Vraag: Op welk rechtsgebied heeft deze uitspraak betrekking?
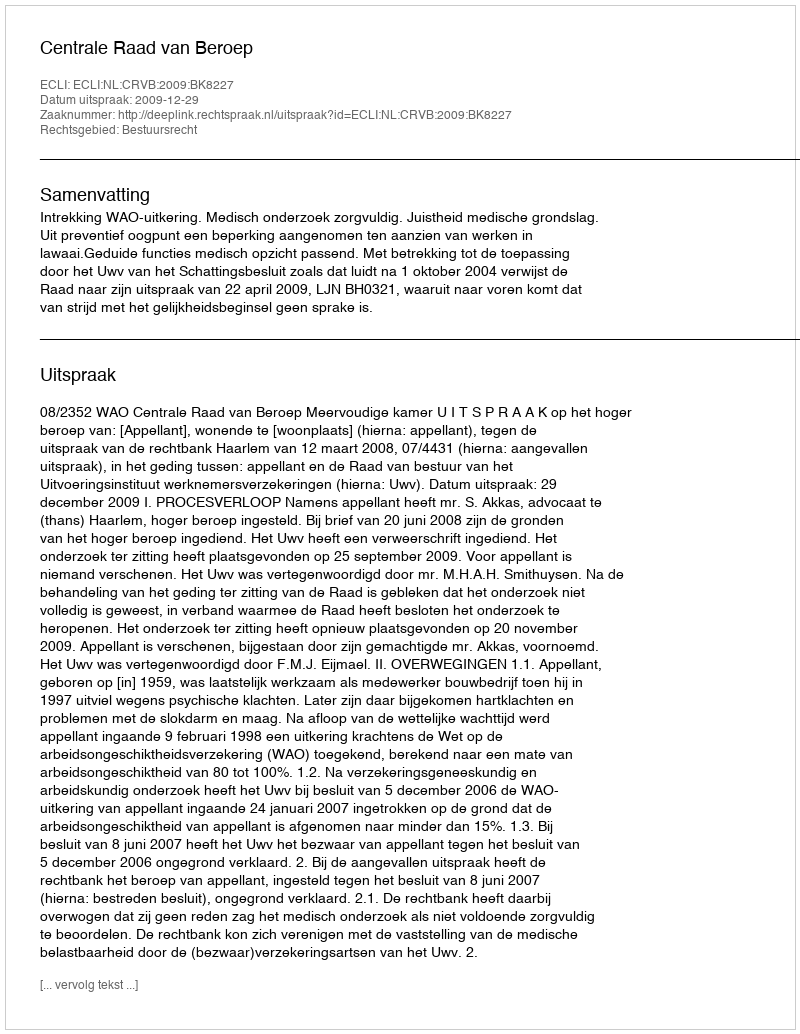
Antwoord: Bestuursrecht